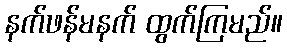
နက်ဖန်မနက် ထွက်ကြမည်။